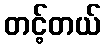
တင့်တယ်